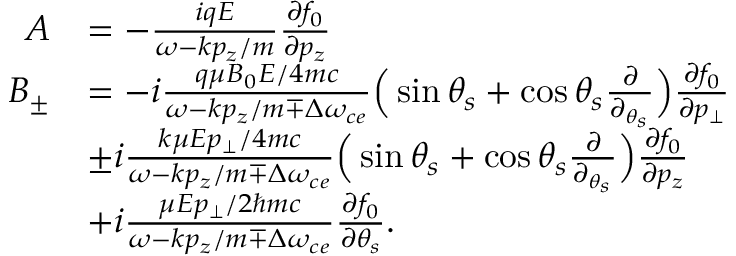
\begin{array} { r l } { A } & { = - \frac { i q E } { \omega - k p _ { z } / m } \frac { \partial f _ { 0 } } { \partial p _ { z } } } \\ { B _ { \pm } } & { = - i \frac { q \mu B _ { 0 } E / 4 m c } { \omega - k p _ { z } / m \mp \Delta \omega _ { c e } } \Big ( \sin \theta _ { s } + \cos \theta _ { s } \frac { \partial } { \partial _ { \theta _ { s } } } \Big ) \frac { \partial f _ { 0 } } { \partial p _ { \bot } } } \\ & { \pm i \frac { k \mu E p _ { \bot } / 4 m c } { \omega - k p _ { z } / m \mp \Delta \omega _ { c e } } \Big ( \sin \theta _ { s } + \cos \theta _ { s } \frac { \partial } { \partial _ { \theta _ { s } } } \Big ) \frac { \partial f _ { 0 } } { \partial p _ { z } } } \\ & { + i \frac { \mu E p _ { \bot } / 2 \hbar m c } { \omega - k p _ { z } / m \mp \Delta \omega _ { c e } } \frac { \partial f _ { 0 } } { \partial \theta _ { s } } . } \end{array}